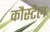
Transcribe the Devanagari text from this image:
कौस्टैल